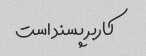
کاربر پسند است